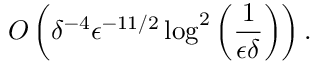
O \left( \delta ^ { - 4 } \epsilon ^ { - 1 1 / 2 } \log ^ { 2 } \left( \frac { 1 } { \epsilon \delta } \right) \right) .